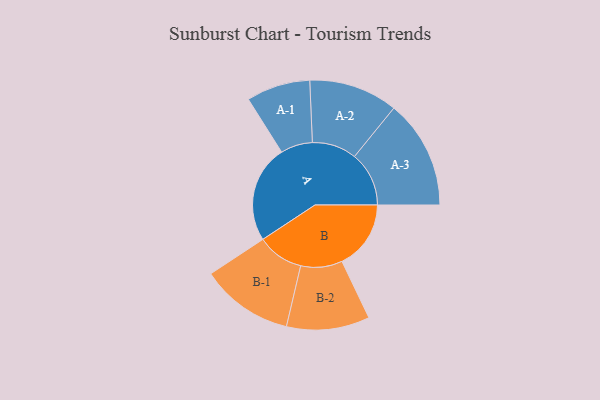
{"axis": {"x": "Segment", "y": "Value"}, "legend": ["", "A", "B"], "data": [{"x": "A", "y": 498, "type": ""}, {"x": "B", "y": 352, "type": ""}, {"x": "A-1", "y": 163, "type": "A"}, {"x": "A-2", "y": 227, "type": "A"}, {"x": "A-3", "y": 278, "type": "A"}, {"x": "B-1", "y": 237, "type": "B"}, {"x": "B-2", "y": 212, "type": "B"}]}